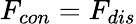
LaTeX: F_{con}=F_{dis}